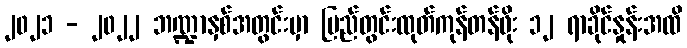
၂၀၂၁ - ၂၀၂၂ ဘဏ္ဍာနှစ်အတွင်းမှာ ပြည်တွင်းထုတ်ကုန်တန်ဖိုး ၁၂ ရာခိုင်နှုန်းအထိ